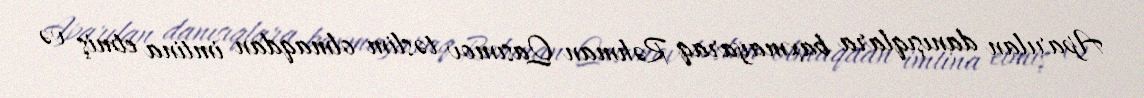
Aparılan danışıqlara baxmayaraq Rəhman Qasımov təslim olmaqdan imtina etmiş və